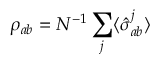
\rho _ { a b } = N ^ { - 1 } \sum _ { j } \langle \hat { \sigma } _ { a b } ^ { j } \rangle